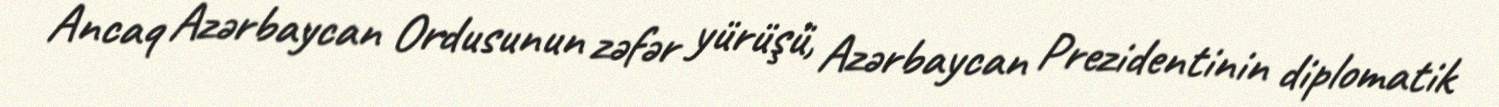
Ancaq Azərbaycan Ordusunun zəfər yürüşü, Azərbaycan Prezidentinin diplomatik